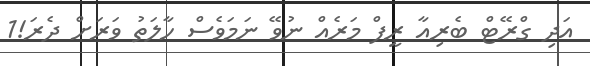
އަދި ގްރޭޓް ބެރިއާ ރީފް މަރެއް ނުވޭ ނަމަވެސް ހާލަތު ވަރަށް ދެރަ!1